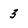
Character: 3